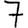
Digit: 7